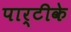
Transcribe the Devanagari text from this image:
पार्टीके